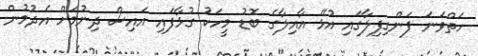
ހަތްވަނަ ފަންގިފިލާގައި އުޅޭ އާއިލާގެ ބޮޑު މީހަކު ގުޅާފައި އައިސް ދިނުމަށް އެދުމުން